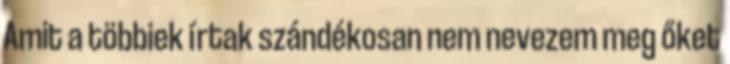
Amit a többiek írtak szándékosan nem nevezem meg őket